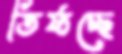
তিষ্ঠচ্ছে